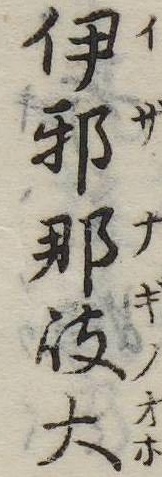
伊邪那岐大